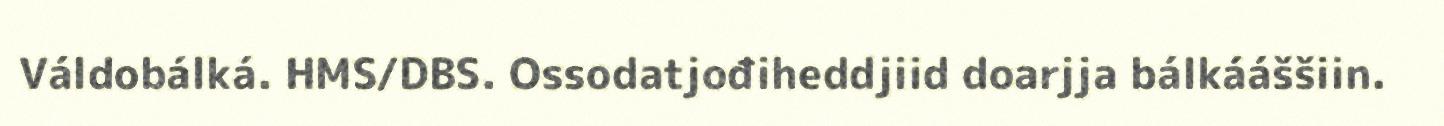
Váldobálká. HMS/DBS. Ossodatjođiheddjiid doarjja bálkááššiin.